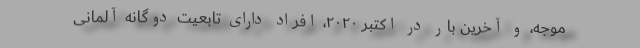
موجه، و آخرین بار در اکتبر ۲۰۲۰، افراد دارای تابعیت دوگانه آلمانی